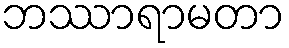
ဘဿာရာမတာ